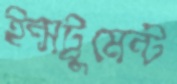
ইন্সট্রুমেন্ট